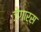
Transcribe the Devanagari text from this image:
जेगार्स